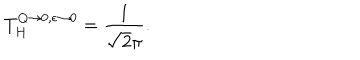
LaTeX: T _ { H } ^ { Q \to 0 , \epsilon \to 0 } = { \frac { 1 } { \sqrt 2 \pi } } .